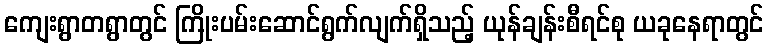
ကျေးရွာတရွာတွင် ကြိုးပမ်းဆောင်ရွက်လျက်ရှိသည့် ယုန်ချန်းစီရင်စု ယခုနေရာတွင်